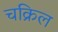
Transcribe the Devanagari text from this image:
चक्रिल